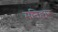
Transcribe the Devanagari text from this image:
मनिहार्